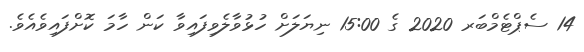
14 ސެޕްޓެމްބަރ 2020 ގެ 15:00 ނިޔަލަށް ހުޅުވާލެވިފައިވާ ކަން ހާމަ ކޮށްފައިވެއެވެ.